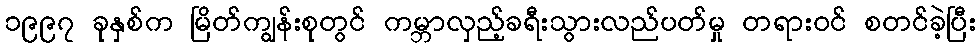
၁၉၉၇ ခုနှစ်က မြိတ်ကျွန်းစုတွင် ကမ္ဘာလှည့်ခရီးသွားလည်ပတ်မှု တရားဝင် စတင်ခဲ့ပြီး